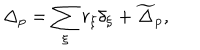
LaTeX: \Delta _ { p } = \sum _ { \xi } r _ { \xi } \delta _ { \xi } + \widetilde \Delta _ { p } ,